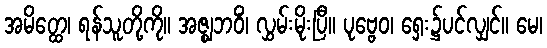
အမိတ္ထေ၊ ရန်သူတို့ကို။ အဇ္ဈဘဝိံ၊ လွှမ်းမိုးပြီ။ ပုဗ္ဗေဝ၊ ရှေး၌ပင်လျှင်။ မေ၊